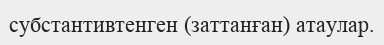
субстантивтенген (заттанған) атаулар.